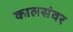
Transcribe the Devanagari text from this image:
कालसंवर